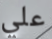
علي